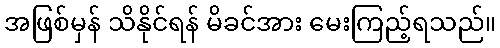
အဖြစ်မှန် သိနိုင်ရန် မိခင်အား မေးကြည့်ရသည်။